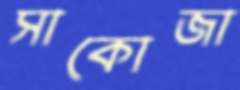
সাকোজা